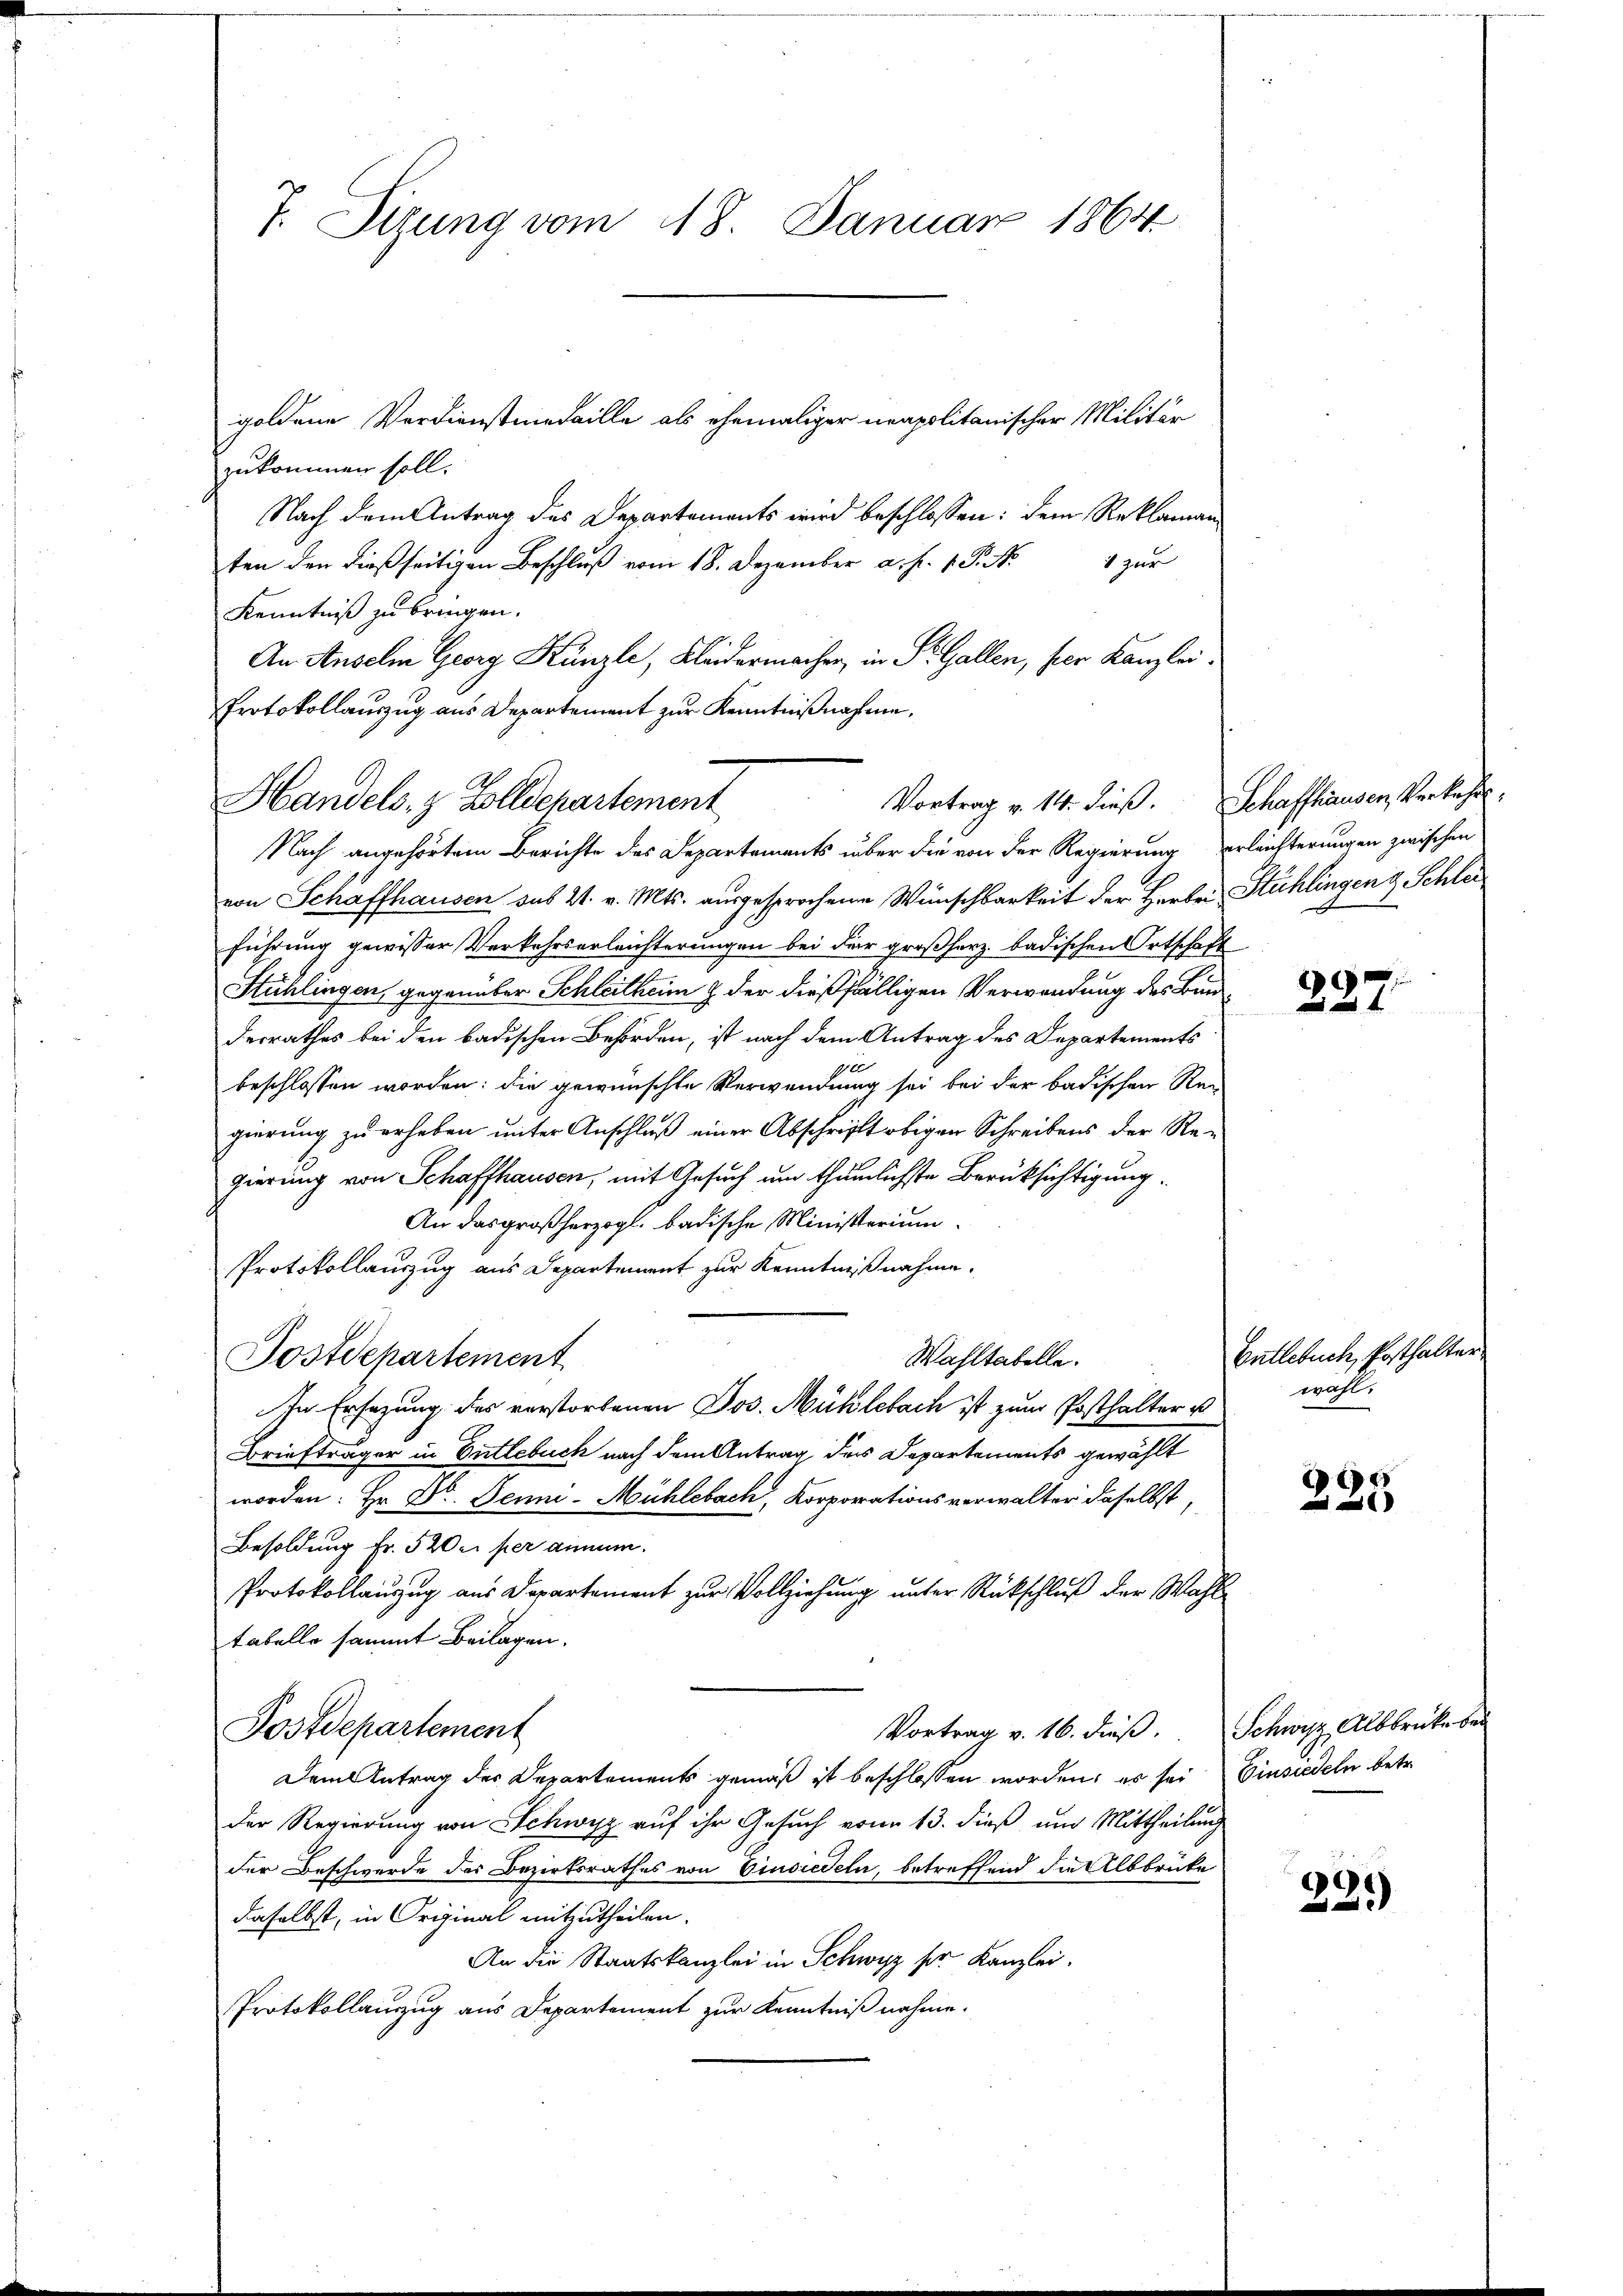
T. Ottung vom 18. Januar 1864

goldene Verdienstmedaille als ehemaliger neapolitanischer Militär
zukommen soll.
Nach dem Antrag des Departements wird beschlossen: dem Reklaman¬
1 zur
ten den dießseitigen Beschluß vom 18. Dezember a. f. 1. P. M.
Kenntniß zu bringen.
An Anselin Georg Künzli, Kleidermacher, in St. Gallen, per Kanzlei.
Protokollauszug aus Departement zur Kenntnißnahme,
Nach angehörtem Berichte des Departements über die von der Regierung erleichterungen zwischen
von Schaffhausen sub 21. v. Mts. ausgesprochene Wünschbarkeit der Herbei Stühlingen & Schlei
führung gewisser Verkehrserleichterungen bei der großherz badischen Ortschaft
Stühlingen, gegenüber Schleitheim & der dießfälligen Verwendung des Bunderrathes bei den badischen Behörden, ist nach dem Antrag des Departements
beschlossen worden: die gewünschte Verwendung sei bei der badischen Rei
gierung zu erheben unter Anschluß einer Abschrift obigen Schreibens der Regierung von Schaffhausen, mit Gesuch um thämlichste Berücksichtigung¬
An das großherzogl. badische Ministerium.
Protokollauszug aus Departement zur Kenntnißnahme.
Wahltabelle.
Postdepartement
In Ersezung des verstorbenen Jos. Mühlebach ist zum Posthalter u
Briefträger in Entlebuch nach dem Antrag des Departements gewählt
worden: Hr. Dr. Jenni-Mühlebach, Korporationsverwalter daselbst,
Besoldung Fr. 520 c. per ainum.
Protokollauszug aus Departement zur Vollziehung unter Rückschluß der Wahltabelle sammt Beilagen.
Vortrag v. 16. dieß. Schwyz, Albbrücke bei
Postdepartement
Dem Antrag des Departements gemäß ist beschlossen worden, es sei Einsiedeln betr.
der Regierung von Schwyz auf ihr Gesuch von 13. dieß um Mittheilung
der Beschwerde des Bezirksrathes von Einsiedeln, betreffend die Albbrücke
daselbst, in Original mitzutheilen.
An die Staatskanzlei in Schwyz ser Kanzlei.
Protokollauszug aus Departement zur Kenntniß nahme.

Vortrag v. 14. dieß. Schaffhausen, Verkehr¬
Handels- & Zollschartement

227.

Entlebuch, Posthalter
wahl,

239

22.)